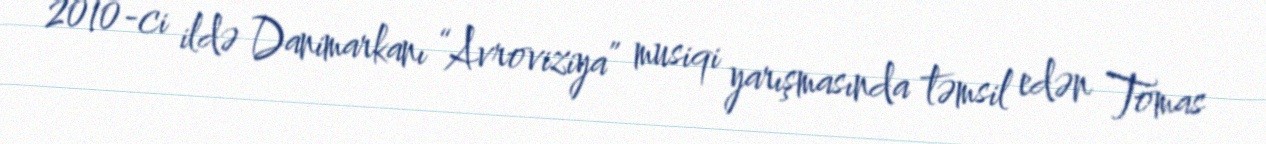
2010-ci ildə Danimarkanı “Avroviziya” musiqi yarışmasında təmsil edən Tomas